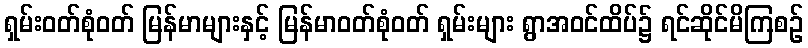
ရှမ်းဝတ်စုံဝတ် မြန်မာများနှင့် မြန်မာဝတ်စုံဝတ် ရှမ်းများ ရွာအဝင်ထိပ်၌ ရင်ဆိုင်မိကြစဉ်